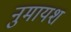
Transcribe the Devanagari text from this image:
नुमायश